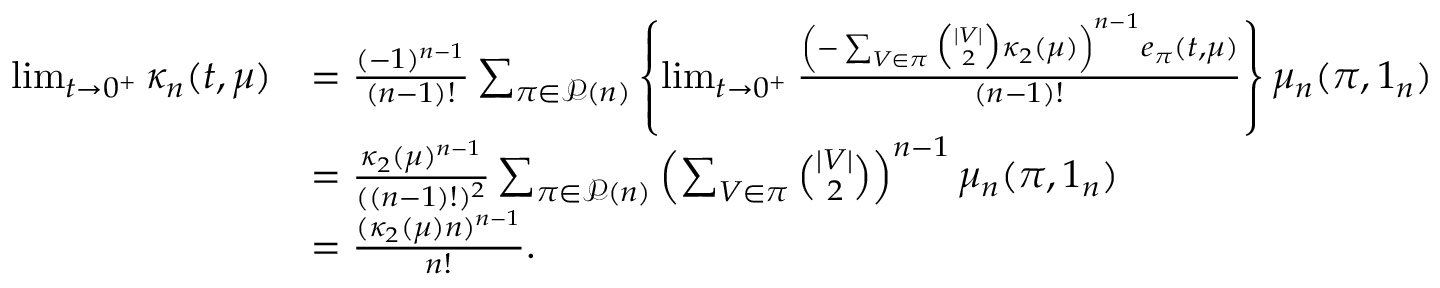
\begin{array} { r l } { \operatorname* { l i m } _ { t \rightarrow 0 ^ { + } } \kappa _ { n } ( t , \mu ) } & { = \frac { ( - 1 ) ^ { n - 1 } } { ( n - 1 ) ! } \sum _ { \pi \in \mathcal { P } ( n ) } \left\{ \operatorname* { l i m } _ { t \rightarrow 0 ^ { + } } \frac { \left( - \sum _ { V \in \pi } \binom { | V | } { 2 } \kappa _ { 2 } ( \mu ) \right) ^ { n - 1 } e _ { \pi } ( t , \mu ) } { ( n - 1 ) ! } \right\} \mu _ { n } ( \pi , 1 _ { n } ) } \\ & { = \frac { \kappa _ { 2 } ( \mu ) ^ { n - 1 } } { ( ( n - 1 ) ! ) ^ { 2 } } \sum _ { \pi \in \mathcal { P } ( n ) } \left( \sum _ { V \in \pi } \binom { | V | } { 2 } \right) ^ { n - 1 } \mu _ { n } ( \pi , 1 _ { n } ) } \\ & { = \frac { ( \kappa _ { 2 } ( \mu ) n ) ^ { n - 1 } } { n ! } . } \end{array}